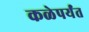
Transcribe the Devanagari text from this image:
कळेपर्यंत